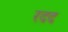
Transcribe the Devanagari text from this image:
रदद